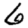
Digit: 6